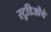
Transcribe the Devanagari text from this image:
स्टुडिओंचे